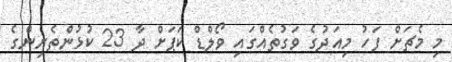
މި މެޗަށް ފަހު މިއަދުގެ ވަގުތެއްގައި ވޯލްޑް ކަޕަށް ދާ 23 ކުޅުންެތެރިންގެ